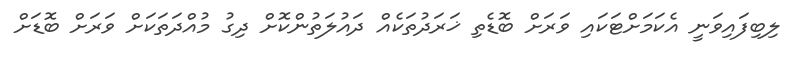
ލިބިފައިވަނީ އެކަމަށްޓަކައި ވަރަށް ބޮޑެތި ޚަރަދުތަކެއް ދައުލަތުންކޮށް ދިގު މުއްދަތަކަށް ވަރަށް ބޮޑަށް